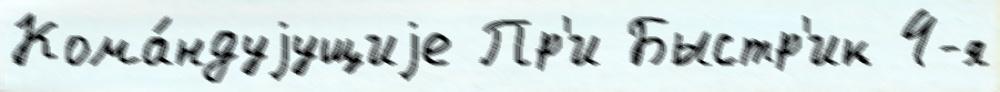
Кома́ндуjущиjе Пр'и Быстр'ик 4-я